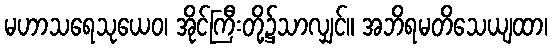
မဟာသရေသုယေဝ၊ အိုင်ကြီးတို့၌သာလျှင်။ အဘိရမတိသေယျထာ၊